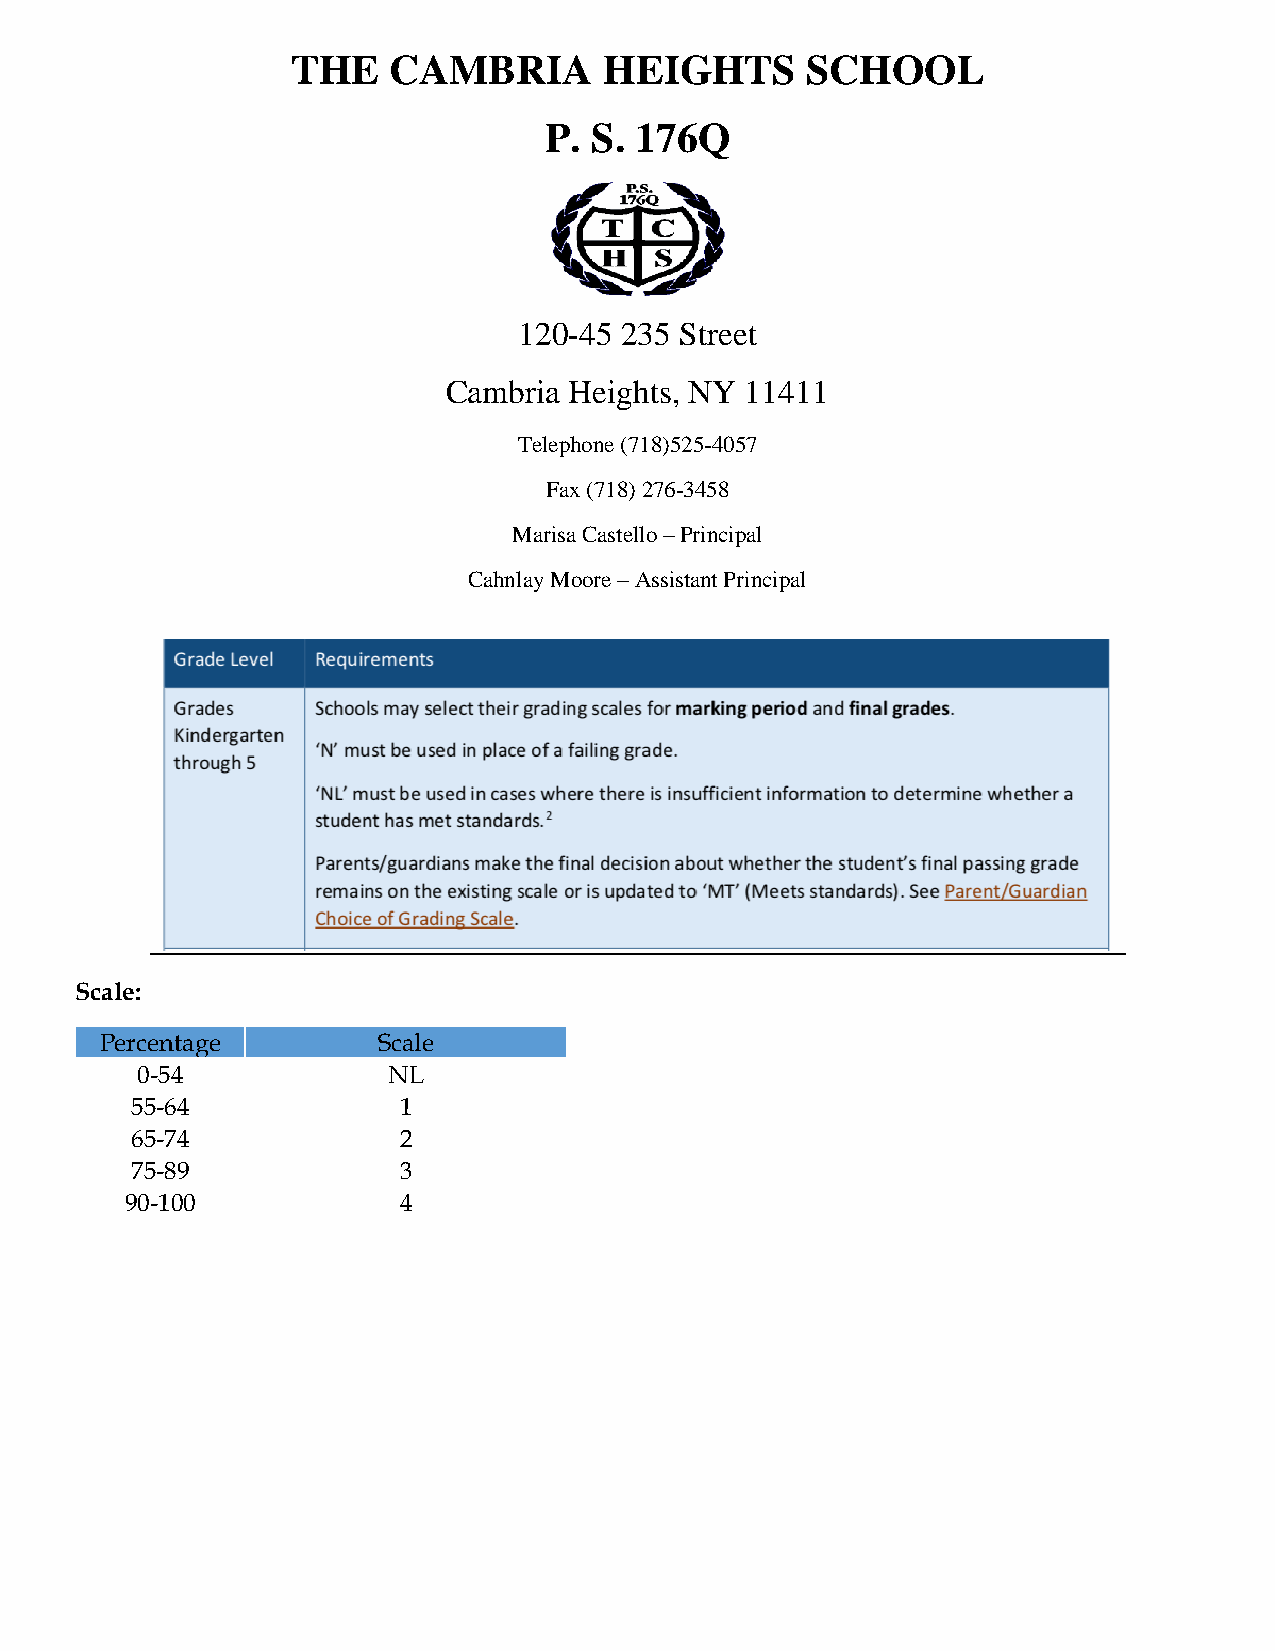
THE    CAMBRIA       HEIGHTS      SCHOOL
 P. S. 176Q
 120-45 235 Street
 Cambria Heights, NY 11411
 Telephone (718)525-4057
 Fax (718) 276-3458
 Marisa Castello – Principal
 Cahnlay Moore – Assistant Principal
 Scale:
 Percentage        Scale
 0-54             NL
 55-64            1
 65-74            2
 75-89            3
 90-100            4